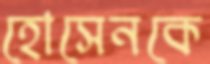
হোসেনকে